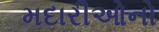
મદારીઓનો